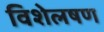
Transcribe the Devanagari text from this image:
विशेलषण